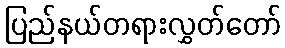
ပြည်နယ်တရားလွှတ်တော်